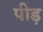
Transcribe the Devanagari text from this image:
पीड़